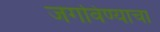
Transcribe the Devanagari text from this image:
जगविण्याचा